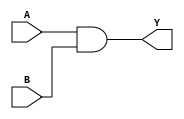
module AND(Y,A,B);
	input A,B;
	output Y;
	wire x;	
	nand(x,A,B);
	nand(Y,x,x);
endmodule